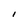
Character: l